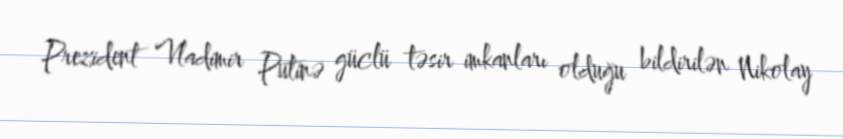
Prezident Vladimir Putinə güclü təsir imkanları olduğu bildirilən Nikolay